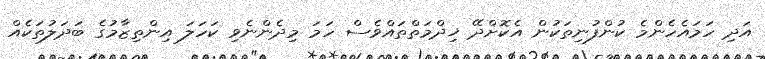
އަދި ހަމައެހެންމެ ކުންފުނިތަކުން އެކޮށްދޭ ޚިދްމަތްތައްވެސް ހަމަ މިދެންނެވި ކަހަލަ އިންތިޒާމުގެ ބަދަލުތަކެއް